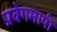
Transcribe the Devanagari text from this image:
प्रवेगमापी